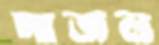
পাজল